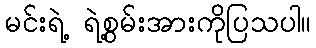
မင်းရဲ့ ရဲ့စွမ်းအားကိုပြသပါ။